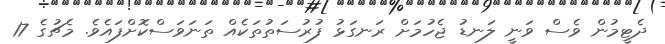
ދެޓީމުން ވެސް ވަނީ ލަނޑު ޖެހުމަށް ރަނގަޅު ފުރުސަތުތަކެއް ތަނަވަސްކޮށްފައެވެ. މެޗުގެ 17